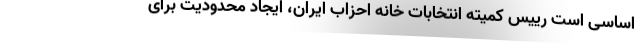
اساسی است رییس کمیته انتخابات خانه احزاب ایران، ایجاد محدودیت برای